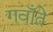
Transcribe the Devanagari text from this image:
गवाँते